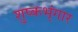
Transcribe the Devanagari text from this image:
शुष्कभृंगार